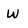
Character: w